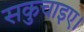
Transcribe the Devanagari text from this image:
सकुचाइए।